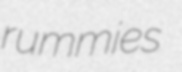
rummies